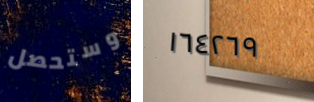
وستحصل ١٦٤٢٦٩